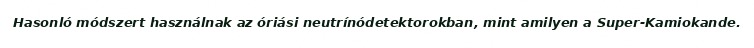
Hasonló módszert használnak az óriási neutrínódetektorokban, mint amilyen a Super-Kamiokande.